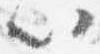
以